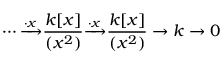
\cdots { \xrightarrow { \cdot x } } { \frac { k [ x ] } { ( x ^ { 2 } ) } } { \xrightarrow { \cdot x } } { \frac { k [ x ] } { ( x ^ { 2 } ) } } \to k \to 0